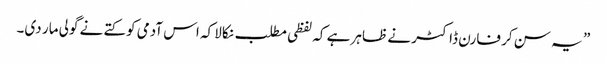
” یہ سن کر فارن ڈاکٹر نے ظاہر ہے کہ لفظی مطلب نکالا کہ اس آدمی کو کتے نے گولی مار دی۔